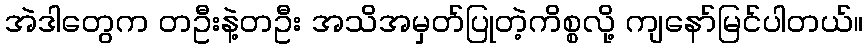
အဲဒါတွေက တဦးနဲ့တဦး အသိအမှတ်ပြုတဲ့ကိစ္စလို့ ကျနော်မြင်ပါတယ်။